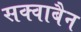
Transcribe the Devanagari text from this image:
सक्वाबैन